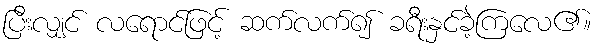
ပြီးလျှင် လရောင်ဖြင့် ဆက်လက်၍ ခရီးနှင်ခဲ့ကြလေ၏။